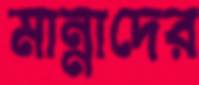
মান্নাদের